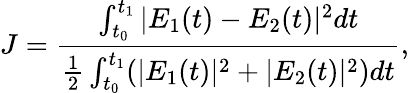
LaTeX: J=\frac{\int_{t_{0}}^{t_{1}}|E_{1}(t)-E_{2}(t)|^{2}dt}{\frac{1}{2}\int_{t_{0}}^{t_{1}}(|E_{1}(t)|^{2}+|E_{2}(t)|^{2})dt},